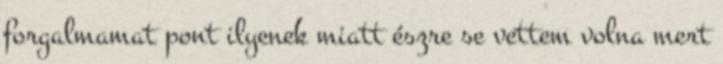
forgalmamat pont ilyenek miatt észre se vettem volna mert